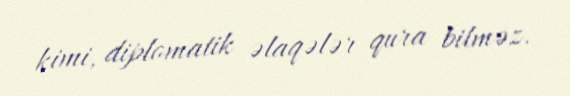
kimi, diplomatik əlaqələr qura bilməz.